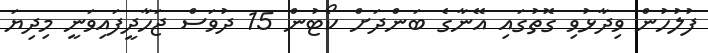
ފުލުހުން ވިދާޅުވި ގޮތުގައި އޭނާގެ ބަންދަށް ކޯޓުން 15 ދުވަސް ޖަހާދީފައިވަނީ މިދިޔަ